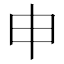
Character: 申